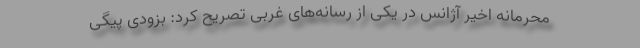
محرمانه اخیر آژانس در یکی از رسانه‌های غربی تصریح کرد: بزودی پیگی